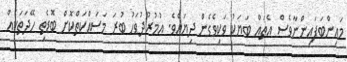
މައިންބަފައިންނާވެސް އެތައް ބަޔަކު ވަކިވެގެން ދިޔައެވެ. އުމުރުދުވަހު ބުރަ މަސައްކަތްކޮށް ބޮޑެތި ހޭދަތަކެއް